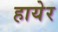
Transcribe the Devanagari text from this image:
हायेर